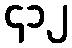
၄၁၂